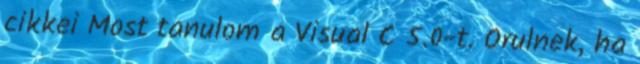
cikkei Most tanulom a Visual C 5.0-t. Orulnek, ha